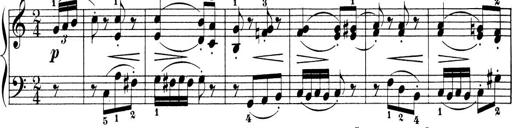
Title: 6 Piano Sonatinas
Composer: Cornelius Gurlitt